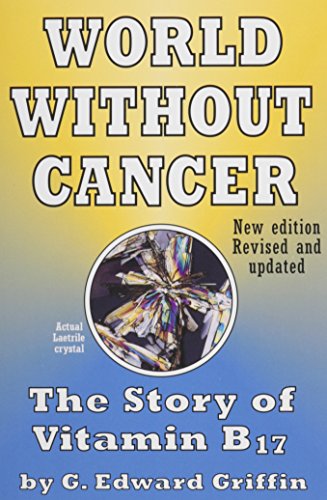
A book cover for World Without Cancer; The Story of Vitamin B17; G. Edward Griffin; Medical Books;